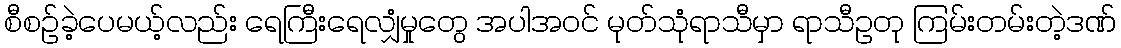
စီစဉ်ခဲ့ပေမယ့်လည်း ရေကြီးရေလျှံမှုတွေ အပါအဝင် မုတ်သုံရာသီမှာ ရာသီဥတု ကြမ်းတမ်းတဲ့ဒဏ်